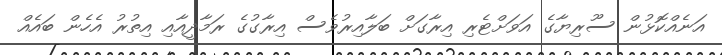
އަނެއްކޮޅުން ސޫރިޔާގެ އަވަށްޓެރި އިރާގަށް ބަލާއިރުވެސް އިރާގުގެ ރަމާދީއާއި އިތުރު އެހެން ބައެއް